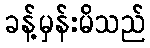
ခန့်မှန်းမိသည်